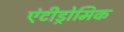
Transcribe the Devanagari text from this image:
एंटीड्रोमिक